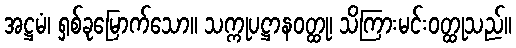
အဋ္ဌမံ၊ ရှစ်ခုမြောက်သော။ သက္ကုပဋ္ဌာနဝတ္ထု၊ သိကြားမင်းဝတ္ထုသည်။